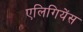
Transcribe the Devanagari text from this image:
एलिगियेंस